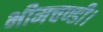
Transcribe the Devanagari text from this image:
भीमचण्डी।